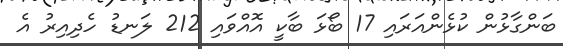
ބަންގާޅުން ކުޅެންއަރައި 17 ބޯޅަ ބާކީ އޮއްވައި 212 ލަނޑު ހެދިއިރު އެ